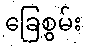
ခြေစွမ်း